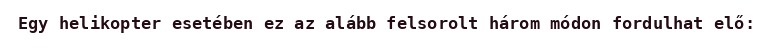
Egy helikopter esetében ez az alább felsorolt három módon fordulhat elő: